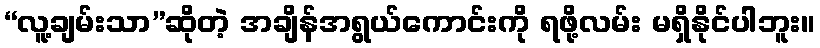
“လူ့ချမ်းသာ”ဆိုတဲ့ အချိန်အရွယ်ကောင်းကို ရဖို့လမ်း မရှိနိုင်ပါဘူး။